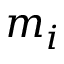
m _ { i }